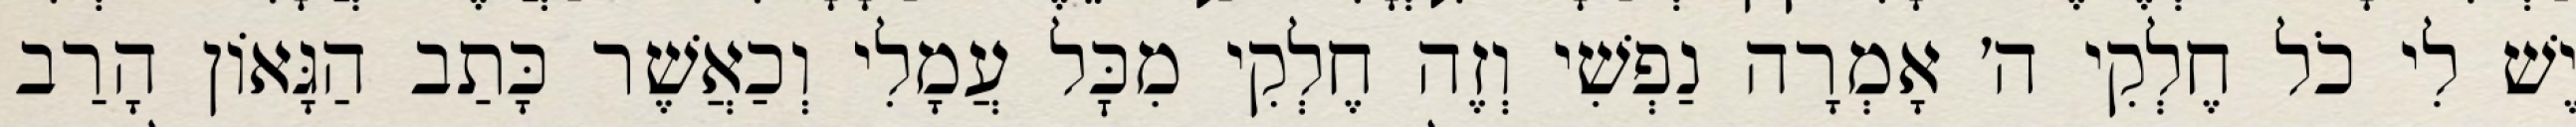
יֶשׁ לִי כֹל חֶלְקִי ה׳ אָמְרָה נַפְשִׁי וְזֶה חֶלְקִי מִכׇּל עֲמָלִי וְכַאֲשֶׁר כָּתַב הַגָּאוֹן הָרַב